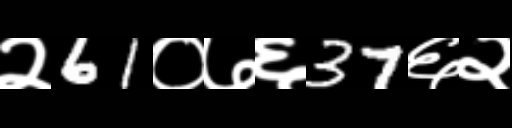
Text: २61०७६37६२